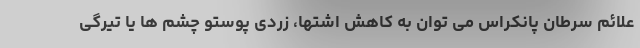
علائم سرطان پانکراس می توان به کاهش اشتها، زردی پوستو چشم ها یا تیرگی